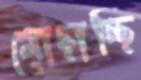
মোছাচ্ছি